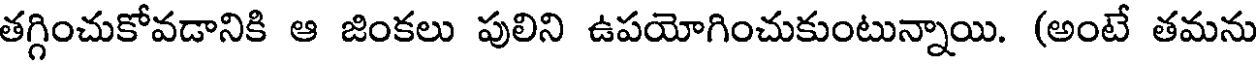
తగ్గించుకోవడానికి ఆ జింకలు పులిని ఉపయోగించుకుంటున్నాయి. (అంటే తమను